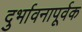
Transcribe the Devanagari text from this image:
दुर्भावनापूर्वक